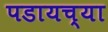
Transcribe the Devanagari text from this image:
पडायच्या